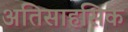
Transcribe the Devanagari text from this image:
अतिसाहसिक